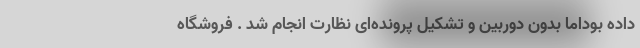
داده بوداما بدون دوربین و تشکیل پرونده‌ای نظارت انجام شد . فروشگاه